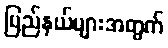
ပြည်နယ်များအတွက်